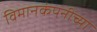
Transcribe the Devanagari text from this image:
विमानकंपनीच्या